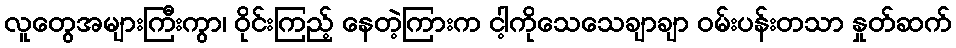
လူတွေအများကြီးကွာ၊ ဝိုင်းကြည့် နေတဲ့ကြားက ငါ့ကိုသေသေချာချာ ဝမ်းပန်းတသာ နှုတ်ဆက်